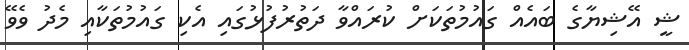
ޝީ އޭޝިޔާގެ ބައެއް ގައުމުތަކަށް ކުރައްވާ ދަތުރުފުޅުގައި އެކި ގައުމުތަކާއި މެދު ވެވޭ